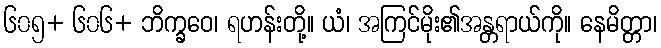
၆၀၅+ ၆၀၆+ ဘိက္ခဝေ၊ ရဟန်းတို့။ ယံ၊ အကြင်မိုး၏အန္တရာယ်ကို။ နေမိတ္တာ၊